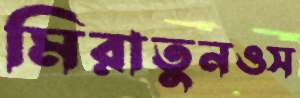
মিরাতুনওস